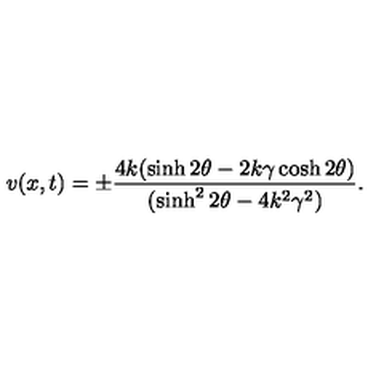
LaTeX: v ( x , t ) = \pm \frac { 4 k ( \sinh 2 \theta - 2 k \gamma \cosh 2 \theta ) } { ( \sinh ^ { 2 } 2 \theta - 4 k ^ { 2 } \gamma ^ { 2 } ) } .